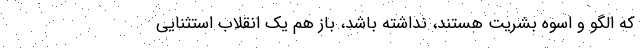
که الگو و اسوه بشریت هستند، نداشته باشد، باز هم یک انقلاب استثنایی